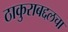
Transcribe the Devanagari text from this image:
ठाकुराबद्दलचा